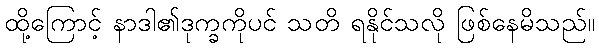
ထို့ကြောင့် နာဒါ၏ဒုက္ခကိုပင် သတိ ရနိုင်သလို ဖြစ်နေမိသည်။